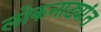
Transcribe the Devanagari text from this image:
लोकनाट्यांत